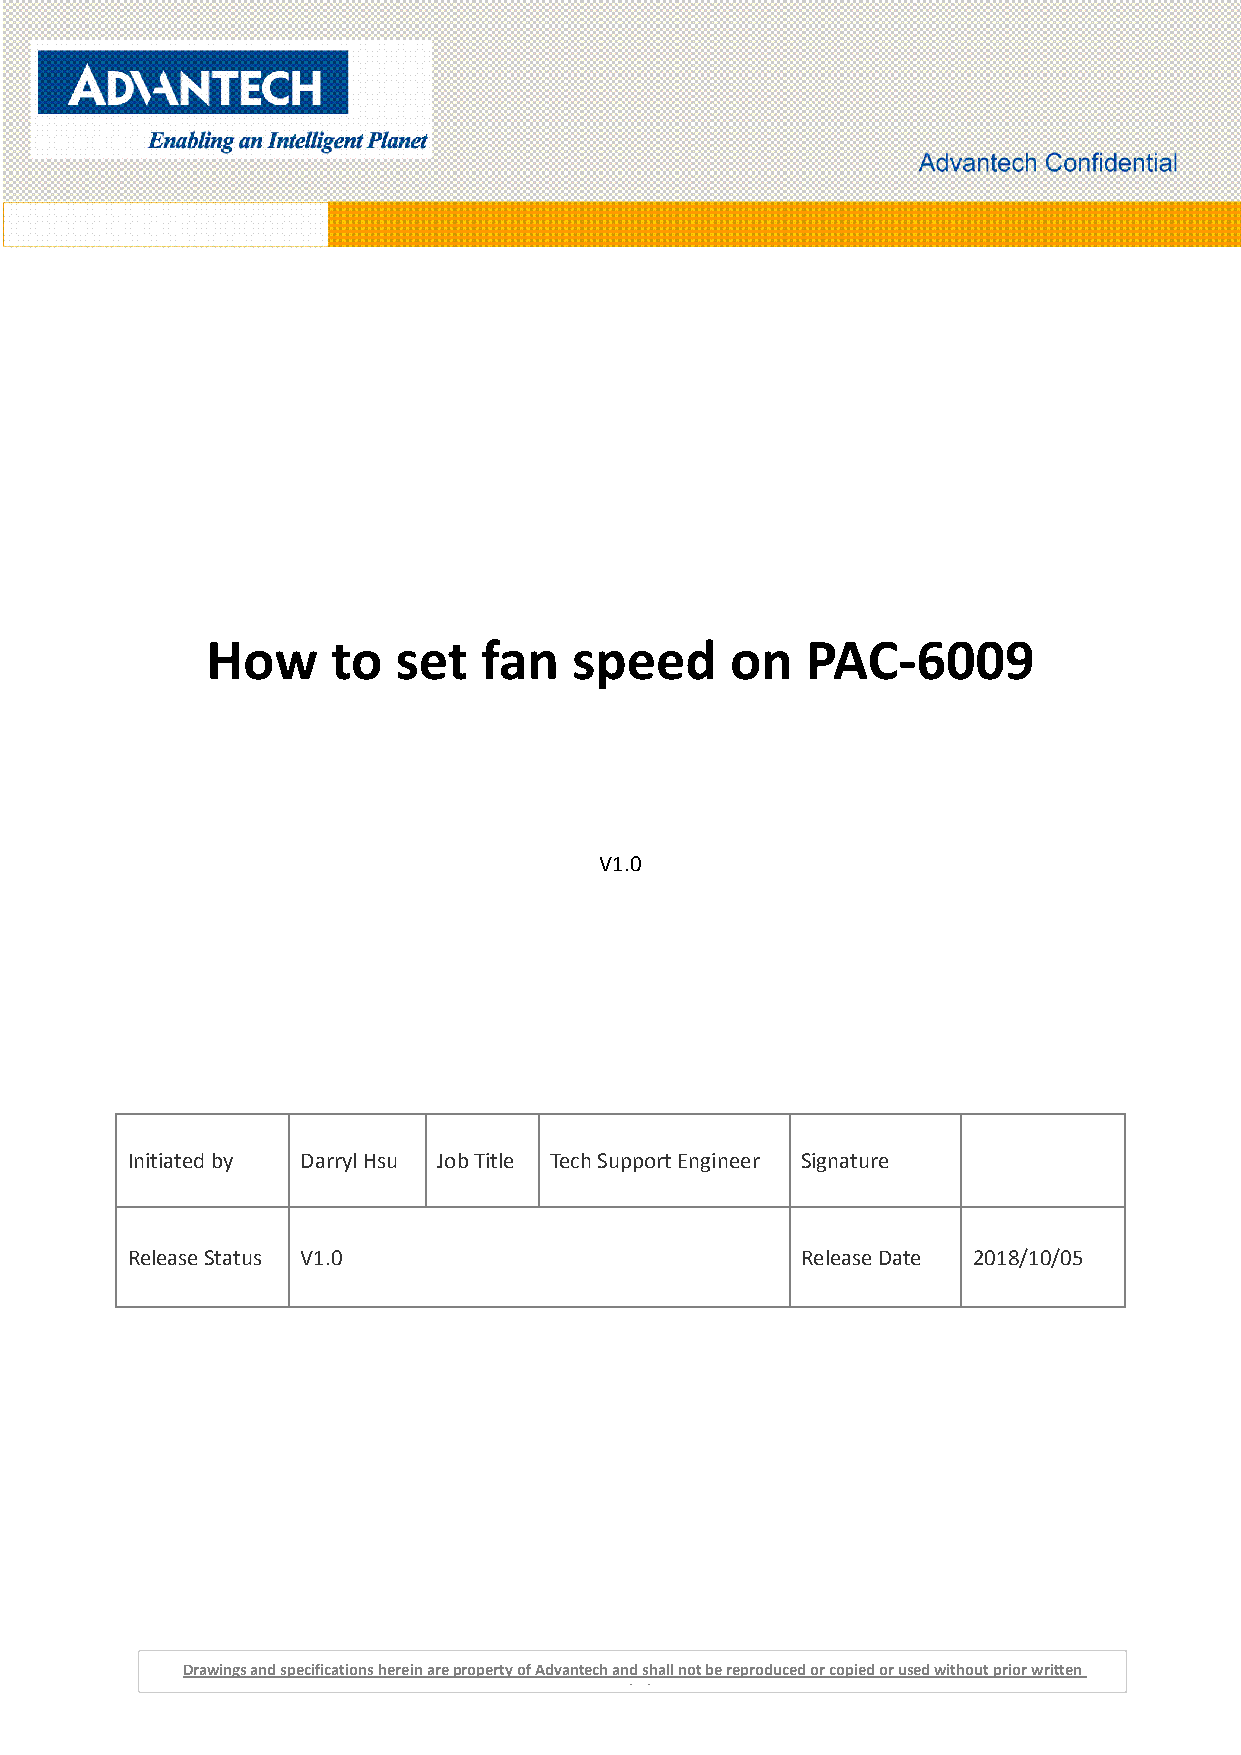
How     to  set   fan   speed     on   PAC-6009
 V1.0
 Initiated by Darryl Hsu Job Title Tech Support Engineer Signature
 Release Status V1.0                          Release Date 2018/10/05
 Drawings and specifications herein are property of Advantech and shall not be reproduced or copied or used without prior written
 permission.